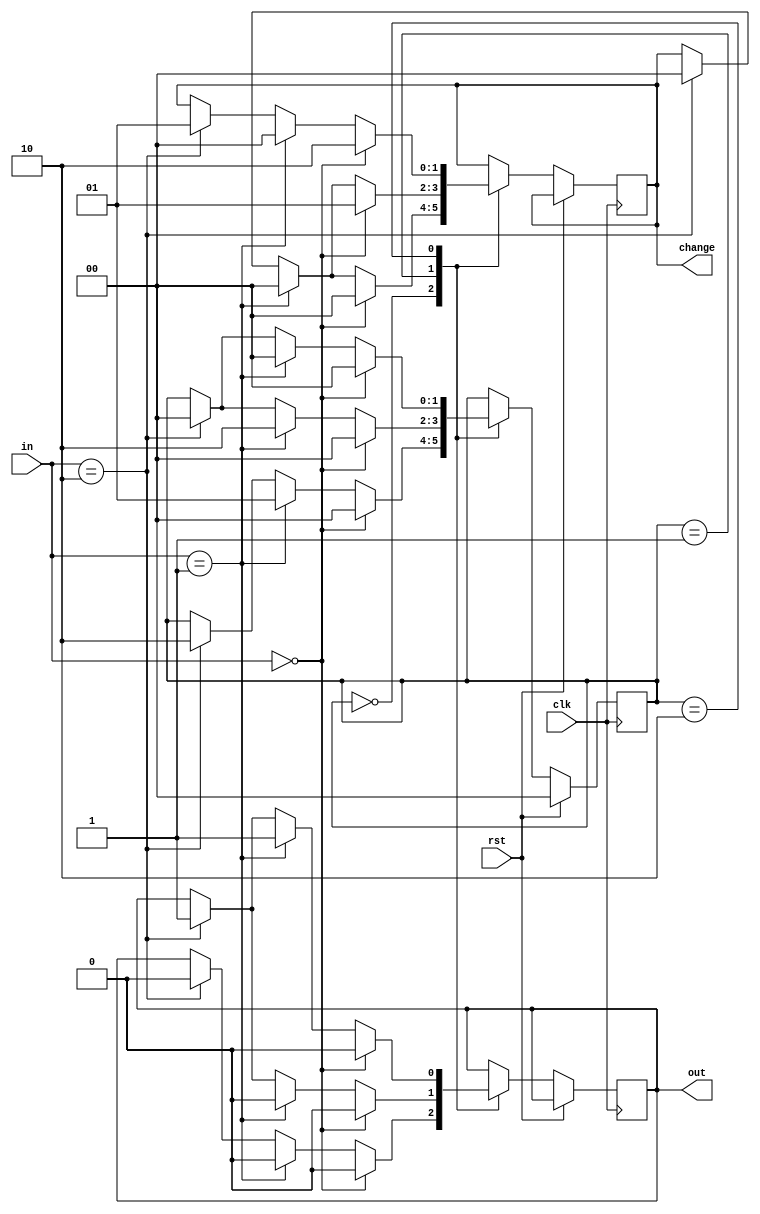
`timescale 1ns / 1ps
//////////////////////////////////////////////////////////////////////////////////
// Company: 
// Engineer: 
// 
// Design Name: 
// Module Name:    vending_machine 
// Project Name: 
// Target Devices: 
// Tool versions: 
// Description: 
//
// Dependencies: 
//
// Revision: 
// Revision 0.01 - File Created
// Additional Comments: 
//
//////////////////////////////////////////////////////////////////////////////////
module vending_machine(
    input clk,
    input rst,
    input [1:0]in,
    output reg out,
	 output reg [1:0]change // 01 5rs change and 10 10rs change
    );
parameter s0=2'b00;   // reset state
parameter s1=2'b01;  // 5Rs state
parameter s2=2'b10;   // 10 rs state

reg [1:0]c_state,n_state;

always @(posedge clk)
begin
if (rst==1)
begin
c_state=0;
n_state=0;
end
else
begin
c_state=n_state;
	case(c_state)
	s0:if(in==2'b00)  //reset state
		begin
		n_state=s0;
		out=0;
		change=2'b00;
		end
		else if(in==2'b01)  //input 5rs
		begin
		n_state=s1;
		out=0;
		change=2'b00;
		end
		else if(in==2'b10)  //input 10rs
		begin
		n_state=s2;
		out=0;
		change=2'b00;
		end
	s1:if(in==2'b00)  // 5rs state
		begin
		n_state=s0;
		out=0;
		change=2'b01; // 5rs change
		end
		else if(in==2'b01)  //input 5rs
		begin
		n_state=s2;
		out=0;
		change=2'b00;
		end
		else if(in==2'b10)  //input 10rs
		begin
		n_state=s0;
		out=1;
		change=2'b00;
		end
	s2:if(in==2'b00)   //10rs state
		begin
		n_state=s0;
		out=0;
		change=2'b10; // 10rs change
		end
		else if(in==2'b01)  //input 5rs
		begin
		n_state=s0;
		out=1;
		change=2'b00;
		end
		else if(in==2'b10)  //input 10rs
		begin
		n_state=s0;
		out=1;
		change=2'b01; //5rs change
		end
		endcase
end


end

endmodule